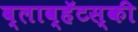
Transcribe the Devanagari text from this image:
ब्लाव्हॅटस्की